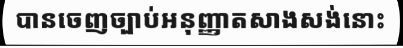
បានចេញច្បាប់អនុញ្ញាតសាងសង់នោះ